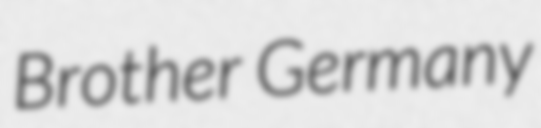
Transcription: Brother Germany